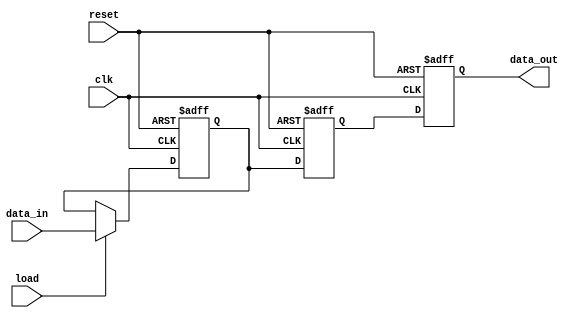
module multistage_register #(
    parameter DATA_WIDTH = 8,  // Width of the data bus
    parameter NUM_STAGES = 3    // Number of stages
)(
    input wire clk,             // Clock signal
    input wire reset,           // Reset signal
    input wire load,            // Load enable signal for first stage
    input wire [DATA_WIDTH-1:0] data_in,  // Input data
    output wire [DATA_WIDTH-1:0] data_out   // Output data from the last stage
);

    // Internal registers for each stage
    reg [DATA_WIDTH-1:0] registers [0:NUM_STAGES-1];

    // Sequential logic for multistage register
    integer i;
    always @(posedge clk or posedge reset) begin
        if (reset) begin
            // Clear all registers on reset
            for (i = 0; i < NUM_STAGES; i = i + 1) begin
                registers[i] <= {DATA_WIDTH{1'b0}};
            end
        end else begin
            // Load data into the first stage if load is high
            if (load) begin
                registers[0] <= data_in;
            end
            
            // Propagate data through the stages
            for (i = 1; i < NUM_STAGES; i = i + 1) begin
                registers[i] <= registers[i-1];
            end
        end
    end

    // Output the data from the last stage
    assign data_out = registers[NUM_STAGES-1];

endmodule